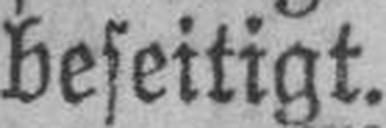
beseitigt.